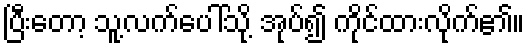
ပြီးတော့ သူ့လက်ပေါ်သို့ အုပ်၍ ကိုင်ထားလိုက်၏။